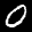
Label: 0